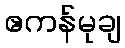
ဧကန်မုချ